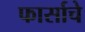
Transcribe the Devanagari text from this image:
फार्साचे